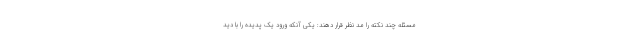
مسئله چند نکته را مد نظر قرار دهند: یکی آنکه ورود یک پدیده را با دید